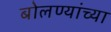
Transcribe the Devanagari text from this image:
बोलण्यांच्या